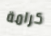
كرامة